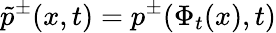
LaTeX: \tilde{p}^{\pm}(x,t)=p^{\pm}(\Phi_{t}(x),t)